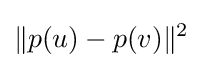
\|p(u)-p(v)\|^{2}